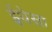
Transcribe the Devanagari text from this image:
ईधेसा